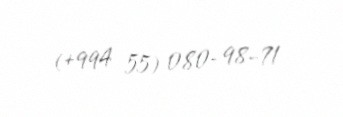
(+994 55) 080-98-71